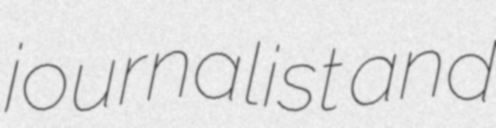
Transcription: journalist and